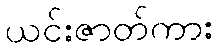
ယင်းဇာတ်ကား